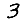
Digit: 3